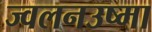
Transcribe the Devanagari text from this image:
ज्वलनउष्मा